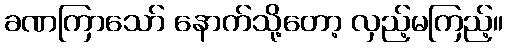
ခဏကြာသော် နောက်သို့တော့ လှည့်မကြည့်။